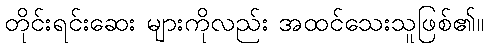
တိုင်းရင်းဆေး များကိုလည်း အထင်သေးသူဖြစ်၏။